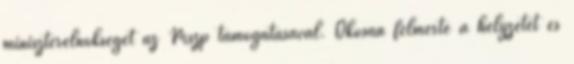
miniszterelnökséget az Mszp támogatásával. Okosan felmérte a helyzetet és